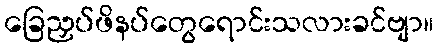
ခြေညှပ်ဖိနပ်တွေရောင်းသလားခင်ဗျာ။